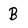
Character: B